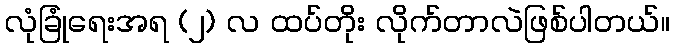
လုံခြုံရေးအရ (၂) လ ထပ်တိုး လိုက်တာလဲဖြစ်ပါတယ်။